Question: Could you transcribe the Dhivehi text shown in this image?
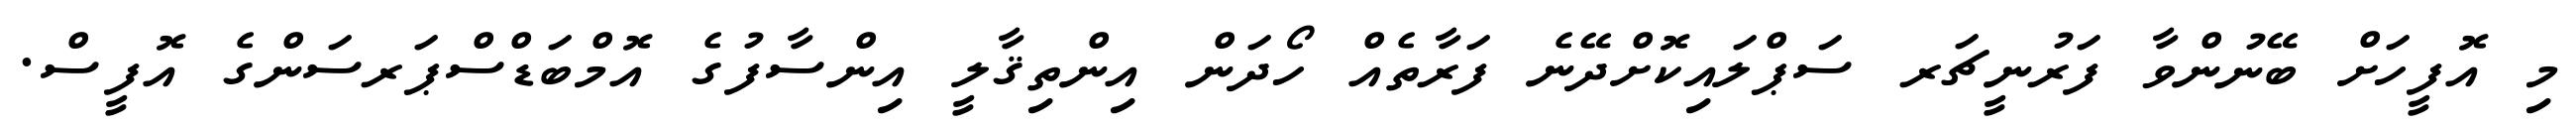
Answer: މި އޮފީހަށް ބޭނުންވާ ފަރުނީޗަރ ސަޕްލައިކޮށްދޭނެ ފަރާތެއް ހޯދަން އިންތިޤާލީ އިންސާފުގެ އޮމްބަޑްސްޕަރސަންގެ އޮފީސް.